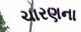
ચારણના